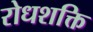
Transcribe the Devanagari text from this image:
रोधशक्ति